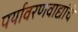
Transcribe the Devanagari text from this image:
पर्यावरणवाद्यांचे